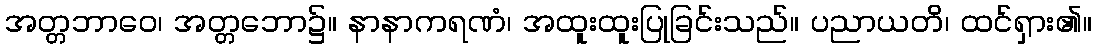
အတ္တဘာဝေ၊ အတ္တဘော၌။ နာနာကရဏံ၊ အထူးထူးပြုခြင်းသည်။ ပညာယတိ၊ ထင်ရှား၏။